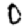
Digit: 0